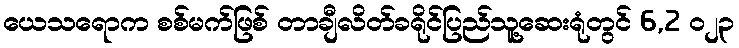
ယေသရောက စစ်မက်ဖြစ် တာချီလိတ်ခရိုင်ပြည်သူ့ဆေးရုံတွင် 6,2 ၀၂၃